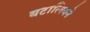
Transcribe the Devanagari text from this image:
बटालियने